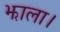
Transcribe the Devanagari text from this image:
झाला।